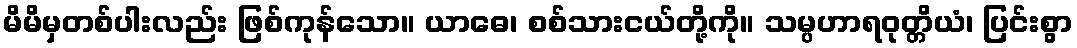
မိမိမှတစ်ပါးလည်း ဖြစ်ကုန်သော။ ယာဓေ၊ စစ်သားငယ်တို့ကို။ သမ္ပဟာရဝုတ္တိယံ၊ ပြင်းစွာ